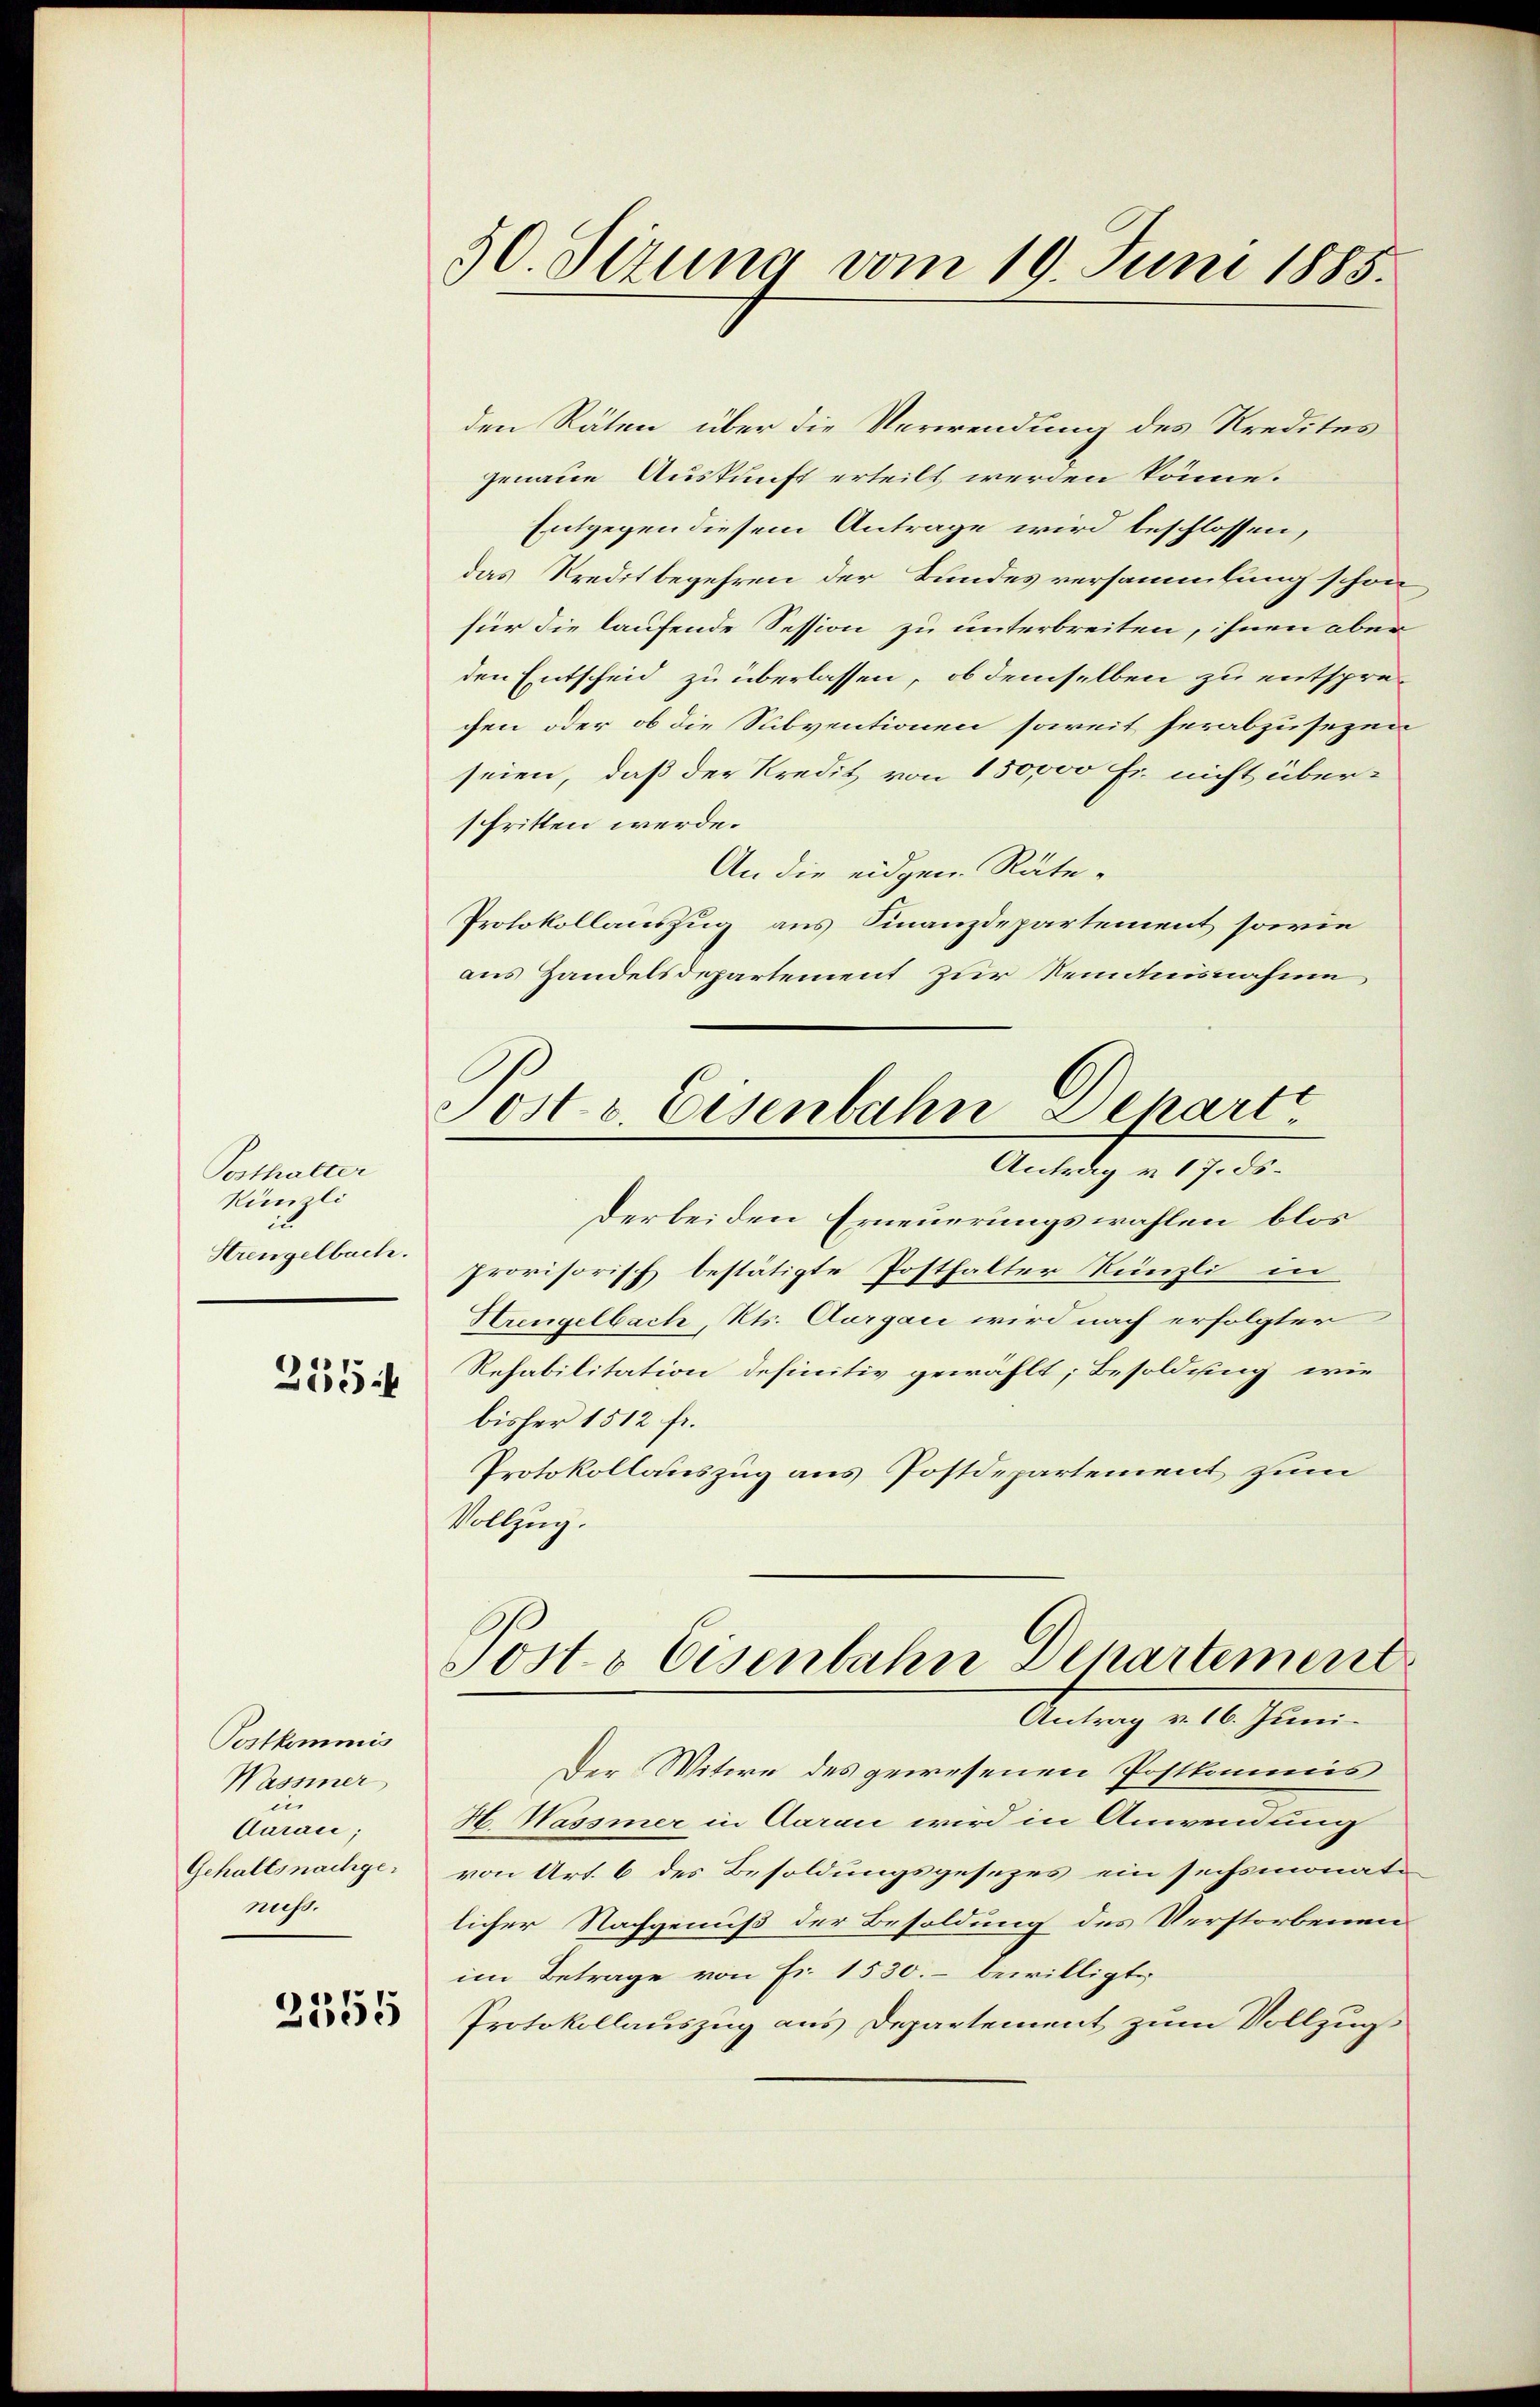
Posthalter
Kümili
i
Strengelbach.

255

Postkommis
Wassiner,
ei
Aarau
Gehaltsnachgenust.

2355

50. Sizung vom 19. Juni 1885.

Posts Eisenbahn Departe

den Räten über die Verwendung des Kredites
genaue Auskunft erteilt werden könne.
Entgegen diesem Antrage wird beschlossen,
das Kreditbegehren der Bundes versammlung schon
für die laufende Session zu unterbreiten, ihnen aber
den Entscheid zu überlassen, ob demselben zu entsprechen oder ob die Subventionen soweit herabzusezen
seien, daß der Kredit von 150,000 Fr. nicht überschritten werde.
An die eidgen. Räte¬
Protokollauszug aus Finanzdepartement sowie
aus Handelsdepartement zur Sendnisnahme
Antrag v. 17. ds.
derbei den Erneuerungswahlen blos
provisorisch bestätigte Posthalter Rünzli in
Hrengelbach, Kts. Aargau wird nach erfolgter
Refabilitation definitiv gewählt; Besoldung, wie
bisher 1512 fr.
Protokollauszug aus Postdepartement zum
Vollzug.
Posts Eisenbahn Departement
Antrag v. 16. Juni.
Der Witwe des gewesenen Postkomenis
H. Wassmer in Aarau wird in Anwendung
von Art. 6 des Besoldungsgesezes ein sechsmonaten
licher Nachgenuß der Besoldung des Verstorbenen
im Betrage von Fr. 1530. – bewilligte
Protokollauszug aus Departement zum Vollzug